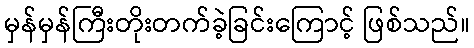
မှန်မှန်ကြီးတိုးတက်ခဲ့ခြင်းကြောင့် ဖြစ်သည်။